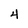
Character: 4